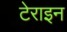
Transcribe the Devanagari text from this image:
टेराइन